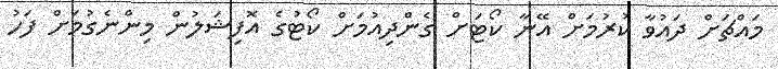
މައްޗަށް ދައުވާ ކުރުމަށް އޭނާ ކޯޓަށް ގެންދިއުމަށް ކޯޓުގެ އޮފިޝަލުން މިންނެގުމަށް ފަހު